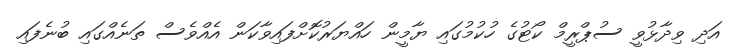
އަދި ވިދާޅުވީ ސުޕްރީމް ކޯޓުގެ ހުކުމުގައި ޔާމީން ހައްޔަރުކޮށްފައިވާކަން އެއްވެސް ތަނެއްގައި ބުނެފައި